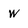
Character: w